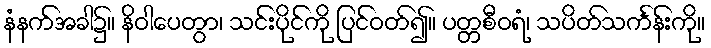
နံနက်အခါ၌။ နိဝါပေတွာ၊ သင်းပိုင်ကို ပြင်ဝတ်၍။ ပတ္တစီဝရံ၊ သပိတ်သင်္ကန်းကို။